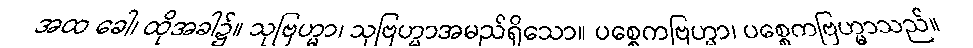
အထ ခေါ၊ ထိုအခါ၌။ သုဗြဟ္မာ၊ သုဗြဟ္မာအမည်ရှိသော။ ပစ္စေကဗြဟ္မာ၊ ပစ္စေကဗြဟ္မာသည်။